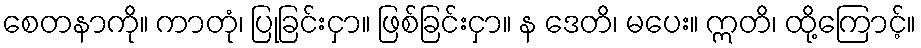
စေတနာကို။ ကာတုံ၊ ပြုခြင်းငှာ။ ဖြစ်ခြင်းငှာ။ န ဒေတိ၊ မပေး။ ဣတိ၊ ထို့ကြောင့်။